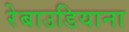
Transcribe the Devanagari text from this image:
रेबाउडियाना